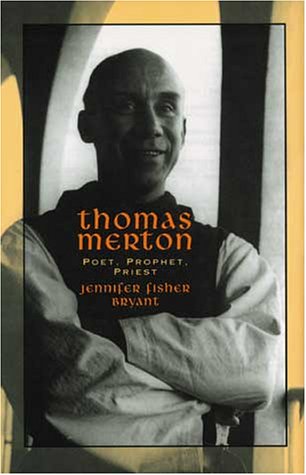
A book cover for Thomas Merton: Poet, Prophet, Priest (Men of Spirit); Jennifer Fisher Bryant; Teen & Young Adult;